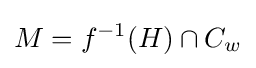
M=f^{-1}(H)\cap C_{w}